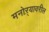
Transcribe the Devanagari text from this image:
मनोऱ्यावरील